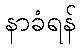
နာခံရန်